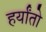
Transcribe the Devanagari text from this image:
हर्यांतो